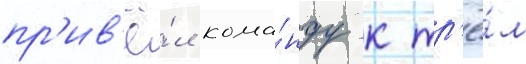
пр'ив'ё́л кома́нду к тр'ё́м